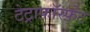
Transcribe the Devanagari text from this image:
टेट्राफ़ॉस्फ़ेट